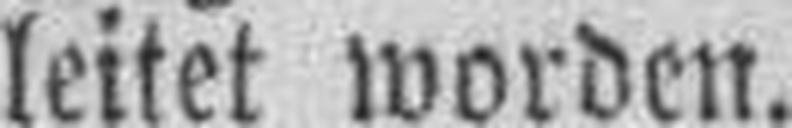
leitet worden.